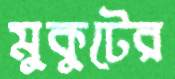
মুকুটের